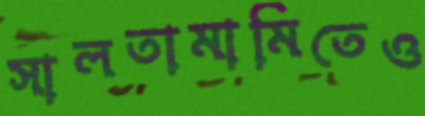
সালতামামিতেও